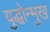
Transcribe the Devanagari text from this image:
युद्धोन्मुख